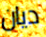
ديان